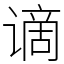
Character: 谪